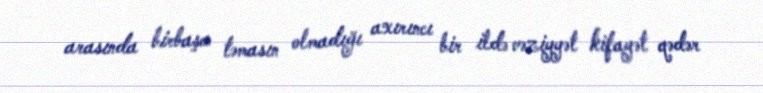
arasında birbaşa təmasın olmadığı axırıncı bir ildə vəziyyət kifayət qədər